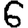
Digit: 6